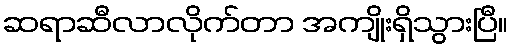
ဆရာဆီလာလိုက်တာ အကျိုးရှိသွားပြီ။